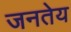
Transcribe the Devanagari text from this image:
जनतेय